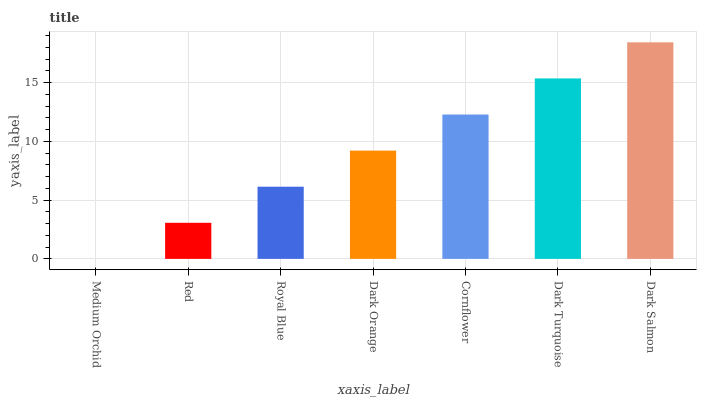
| xaxis_label | bars |
 | --- | --- |
 | Medium Orchid | 0 |
 | Red | 3.07 |
 | Royal Blue | 6.14 |
 | Dark Orange | 9.22 |
 | Cornflower | 12.3 |
 | Dark Turquoise | 15.4 |
 | Dark Salmon | 18.4 |